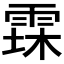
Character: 𮦐